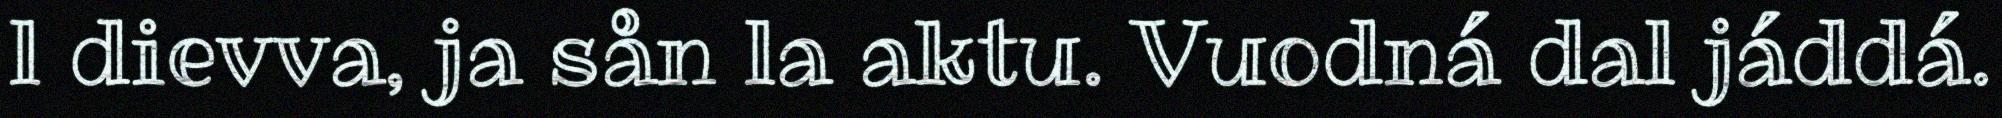
l dievva, ja sån la aktu. Vuodná dal jáddá.